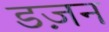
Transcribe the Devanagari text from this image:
डज़न